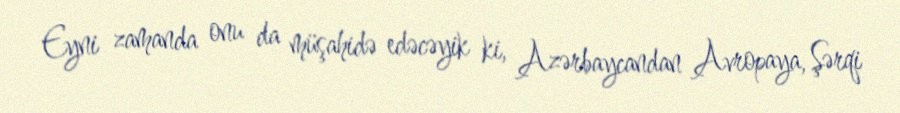
Eyni zamanda onu da müşahidə edəcəyik ki, Azərbaycandan Avropaya, Şərqi